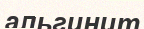
альгинит